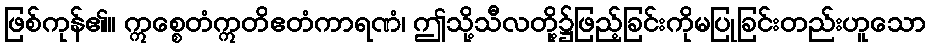
ဖြစ်ကုန်၏။ ဣစ္စေတံဣတိဧတံကာရဏံ၊ ဤသို့သီလတို့၌ဖြည့်ခြင်းကိုမပြုခြင်းတည်းဟူသော